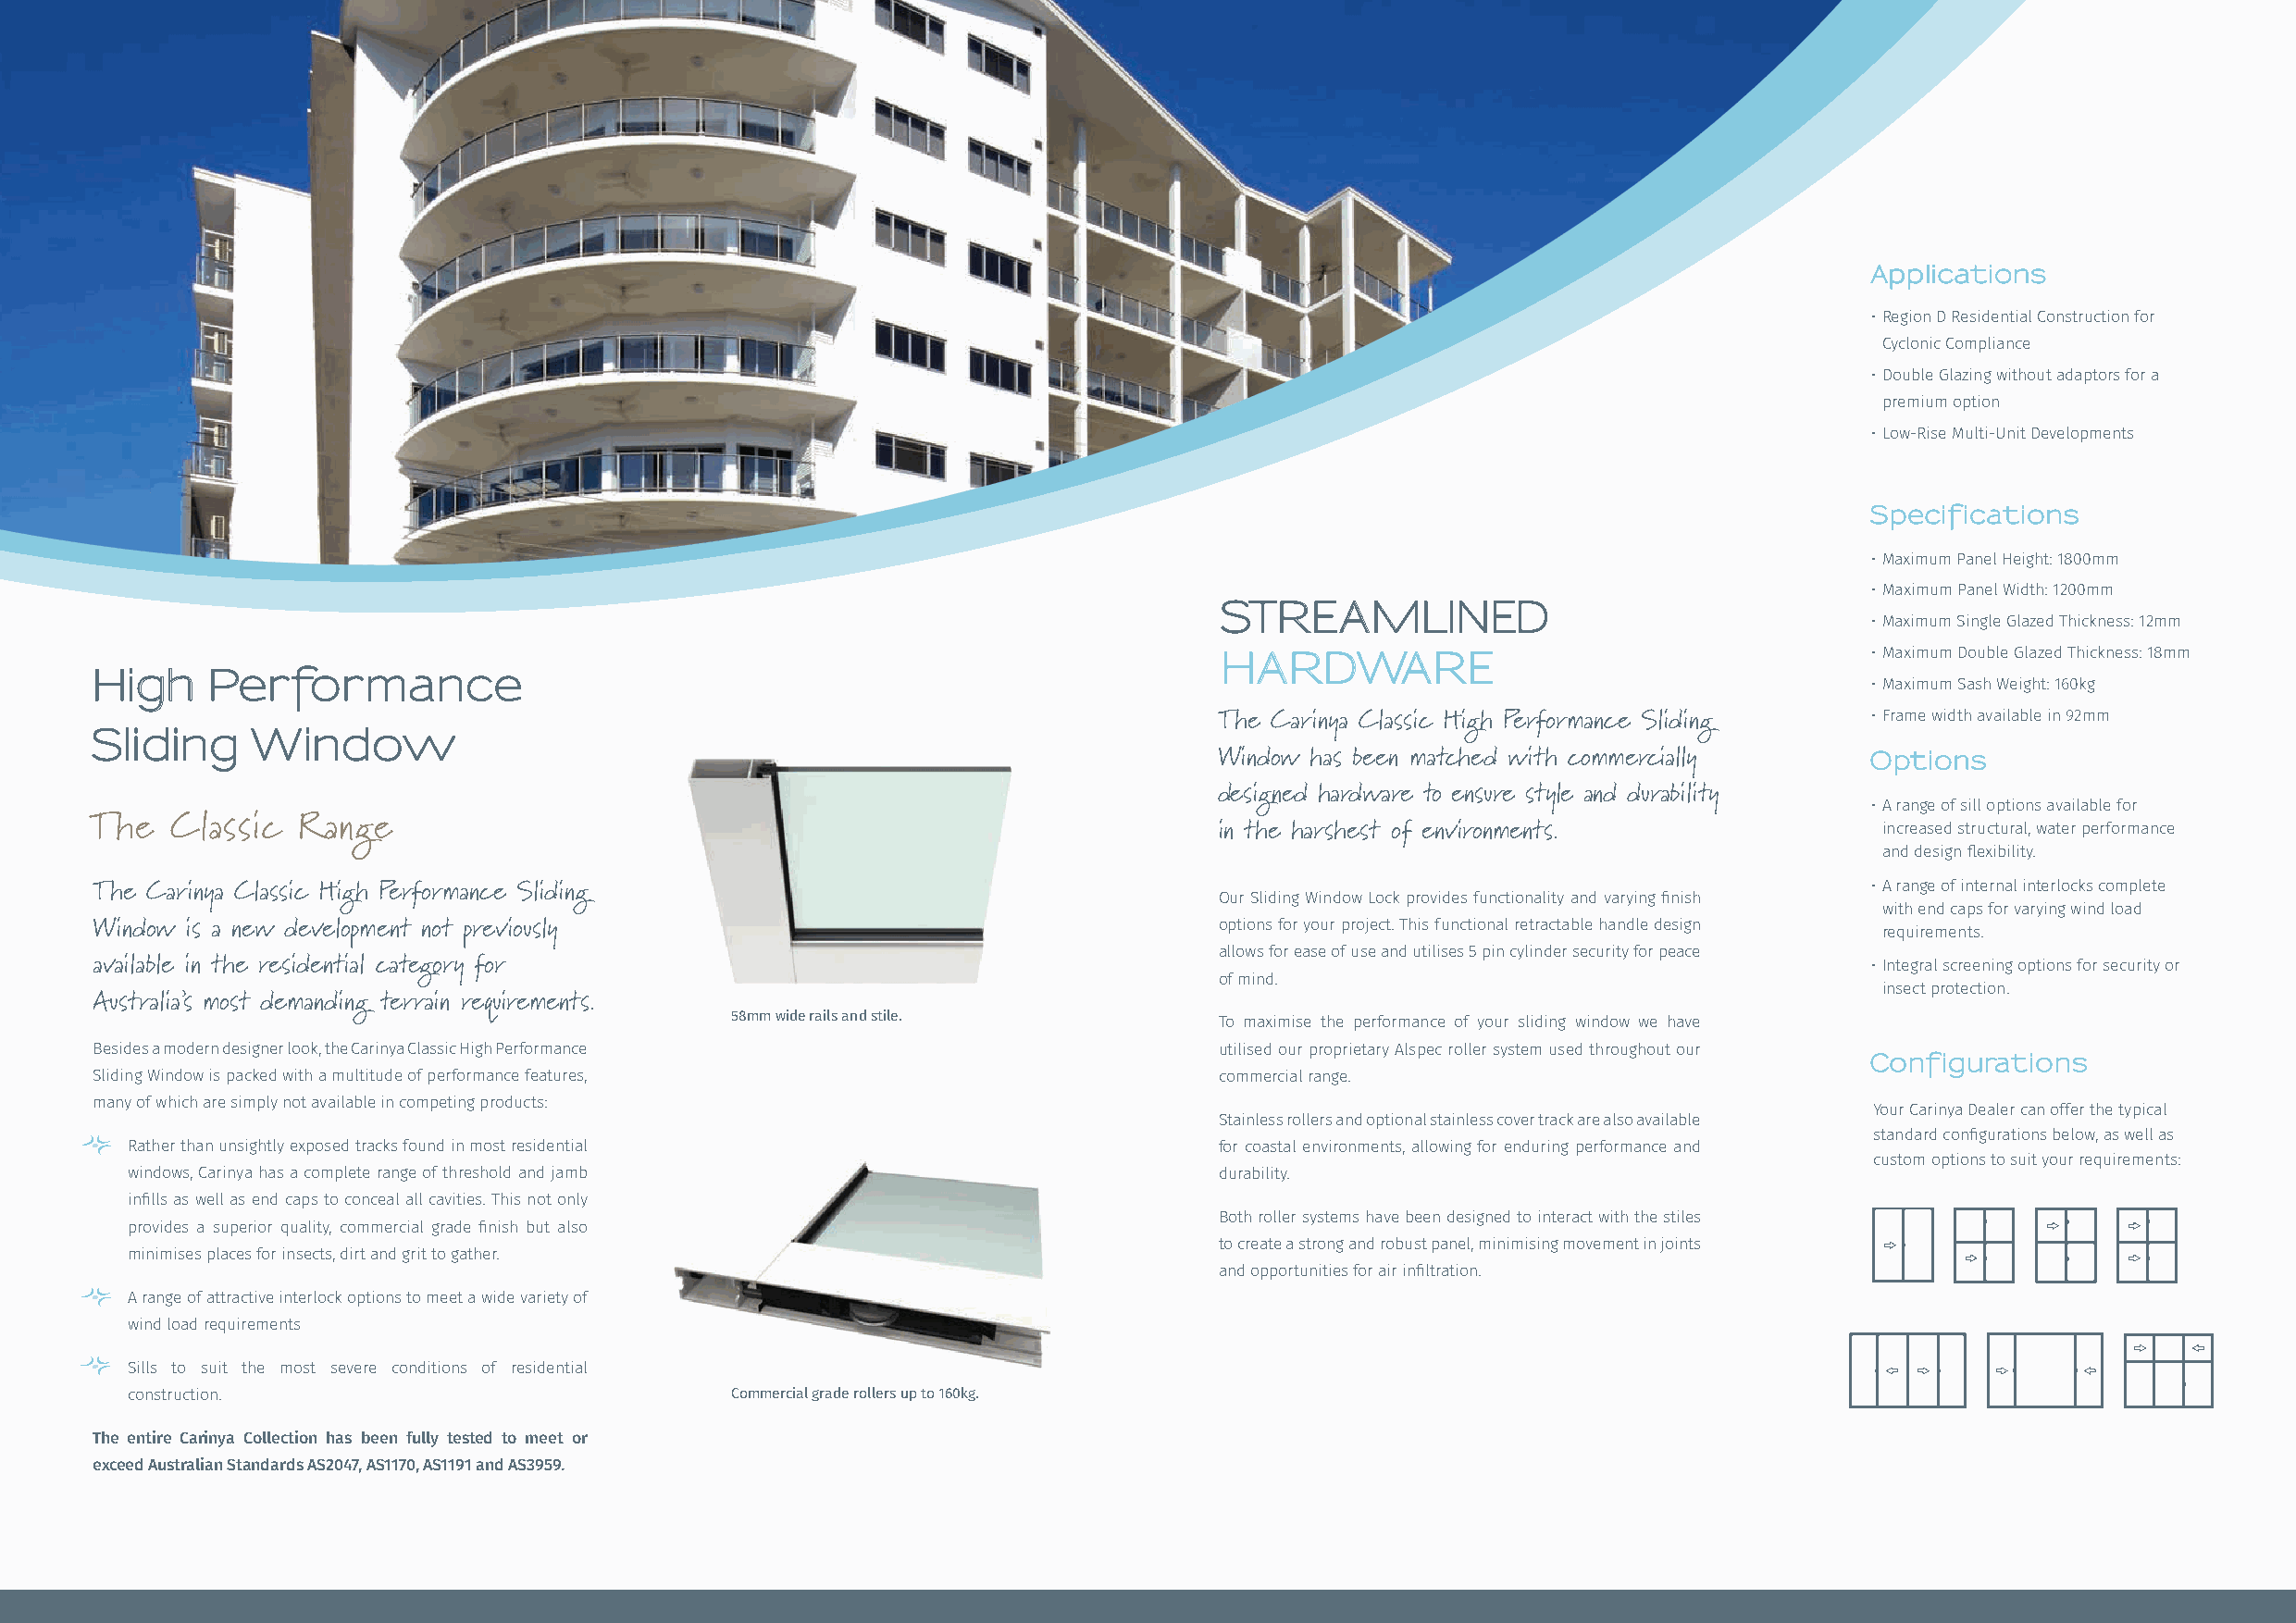
Applications
 • Region D Residential Construction for
 Cyclonic Compliance
 • Double Glazing without adaptors for a
 premium option
 • Low-Rise Multi-Unit Developments
 Specifications
 • Maximum Panel Height: 1800mm
 • Maximum Panel Width: 1200mm
 STREAMLINED
 • Maximum Single Glazed Thickness: 12mm
 HARDWARE                                       • Maximum Double Glazed Thickness: 18mm
 High     Performance
 • Maximum Sash Weight: 160kg
 • Frame width available in 92mm
 The Carinya Classic High Performance Sliding
 Sliding     Window
 Window has been matched with commercially      Options
 designed hardware to ensure style and durability
 • A range of sill options available for
 The   Classic  Range                                                             in the harshest of environments.                increased structural, water performance
 and design flexibility.
 • A range of internal interlocks complete
 The Carinya Classic High Performance Sliding                                    Our Sliding Window Lock provides functionality and varying finish
 with end caps for varying wind load
 Window is a new development not previously                                      options for your project. This functional retractable handle design requirements.
 allows for ease of use and utilises 5 pin cylinder security for peace
 available in the residential category for                                                                                      • Integral screening options for security or
 of mind.
 insect protection.
 Australia’s most demanding terrain requirements.
 58mm wide rails and stile.
 To maximise the performance of your sliding window we have
 Besides a modern designer look, the Carinya Classic High Performance            utilised our proprietary Alspec roller system used throughout our
 Configurations
 Sliding Window is packed with a multitude of performance features,              commercial range.
 many of which are simply not available in competing products:
 Your Carinya Dealer can offer the typical
 Stainless rollers and optional stainless cover track are also available
 standard configurations below, as well as
 • Rather than unsightly exposed tracks found in most residential                for coastal environments, allowing for enduring performance and
 custom options to suit your requirements:
 windows, Carinya has a complete range of threshold and jamb                   durability.
 infills as well as end caps to conceal all cavities. This not only
 Both roller systems have been designed to interact with the stiles
 provides a superior quality, commercial grade finish but also
 to create a strong and robust panel, minimising movement in joints
 minimises places for insects, dirt and grit to gather.
 and opportunities for air infiltration.
 • A range of attractive interlock options to meet a wide variety of
 wind load requirements
 • Sills to suit the most severe conditions of residential
 construction.                              Commercial grade rollers up to 160kg.
 The entire Carinya Collection has been fully tested to meet or
 exceed Australian Standards AS2047, AS1170, AS1191 and AS3959.